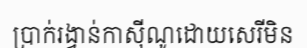
ប្រាក់រង្វាន់កាស៊ីណូដោយសេរីមិន